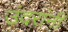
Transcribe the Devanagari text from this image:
उंदरांनी